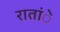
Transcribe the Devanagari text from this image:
रातांे